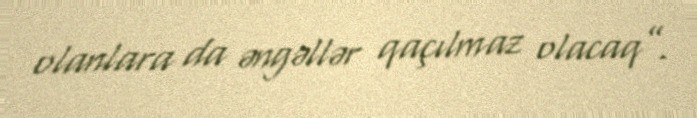
olanlara da əngəllər qaçılmaz olacaq”.